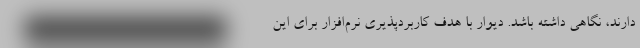
دارند، نگاهی داشته باشد. دیوار با هدف کاربردپذیری نرم‌افزار برای این